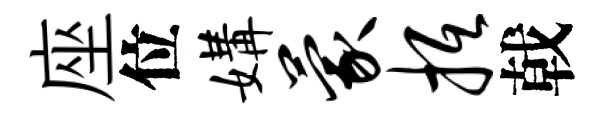
座位媾蒙抵戟